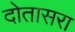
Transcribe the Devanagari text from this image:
दोतासरा